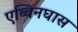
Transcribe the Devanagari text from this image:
एब्बिनघास